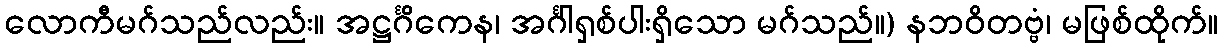
လောကီမဂ်သည်လည်း။ အဋ္ဌင်္ဂိကေန၊ အင်္ဂါရှစ်ပါးရှိသော မဂ်သည်။) နဘဝိတဗ္ဗံ၊ မဖြစ်ထိုက်။